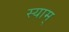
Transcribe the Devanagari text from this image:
स्याम्‌